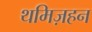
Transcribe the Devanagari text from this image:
थमिज़हन